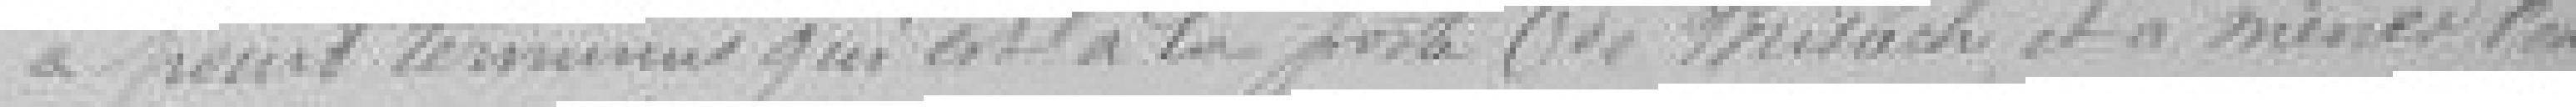
point terminus qui est à la porte de Brisach et à mener l'eau